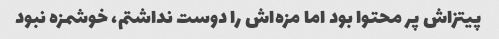
پیتزاش پر محتوا بود اما مزه‌اش را دوست نداشتم، خوشمزه نبود